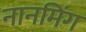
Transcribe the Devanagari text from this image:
नानमिंग